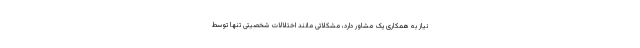
نیاز به همکاری یک مشاور دارد، مشکلاتی مانند اختلالات شخصیتی تنها توسط